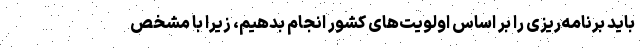
باید برنامه‌ریزی را بر اساس اولویت‌های کشور انجام بدهیم، زیرا با مشخص